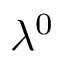
\lambda ^ { 0 }